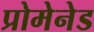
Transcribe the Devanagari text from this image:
प्रोमेनेड